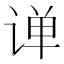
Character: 𫟠